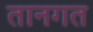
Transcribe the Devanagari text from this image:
तानगत